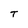
Character: T